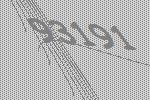
93191